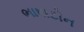
ભાષાટોન